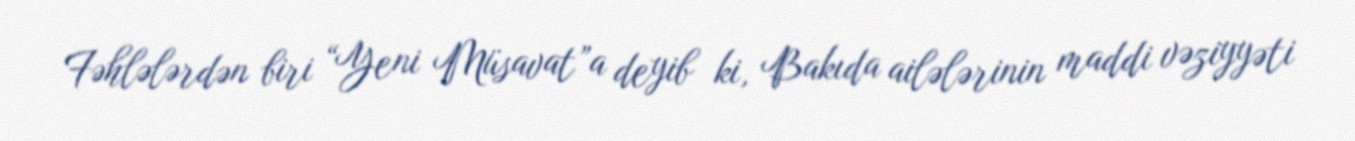
Fəhlələrdən biri “Yeni Müsavat”a deyib ki, Bakıda ailələrinin maddi vəziyyəti